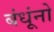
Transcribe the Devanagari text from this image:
बंधूंनो